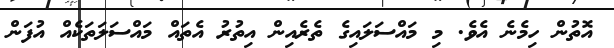
އޮތުން ހިމެނެ އެވެ. މި މައްސަލައިގެ ތެރެއިން އިތުރު އެތައް މައްސަލަތަކެއް އުފަން